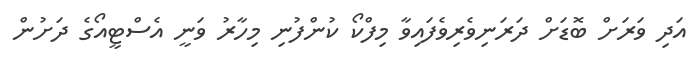
އަދި ވަރަށް ބޮޑަށް ދަރަނިވެރިވެފައިވާ މިފްކޯ ކުންފުނި މިހާރު ވަނީ އެސްޓީއޯގެ ދަށުން